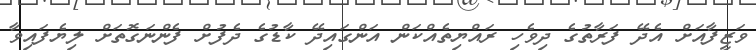
ވަޒީފާއަށް އެދޭ ފަރާތުގެ ދިވެހި ރައްޔިތެއްކަން އަންގައިދޭ ކާޑުގެ ދެފުށް ފެންނަގޮތަށް ލިޔެފައިވާ